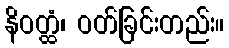
နိဝတ္ထံ၊ ဝတ်ခြင်းတည်း။